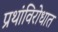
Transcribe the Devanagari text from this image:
प्रथांविरोधात